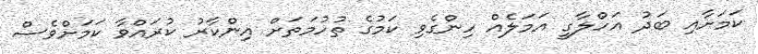
ކަމަށާއި ބަދު އަހްލާގީ އަމަލެއް ހިންގެވި ކަމުގެ ތުހުމަތަށް އިންކާރު ކުރައްވާ ކަމަށްވެސް